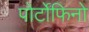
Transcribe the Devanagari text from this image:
पोर्टोफिनो